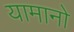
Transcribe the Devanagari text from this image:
यामानो